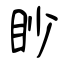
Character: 眇